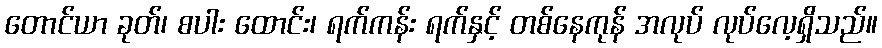
တောင်ယာ ခုတ်၊ စပါး ထောင်း၊ ရက်ကန်း ရက်နှင့် တစ်နေကုန် အလုပ် လုပ်လေ့ရှိသည်။